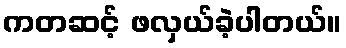
ကတဆင့် ဖလှယ်ခဲ့ပါတယ်။